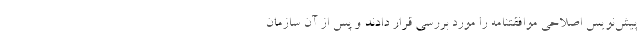
پیش­نویس اصلاحی موافقتنامه را مورد بررسی قرار دادند و پس از آن سازمان